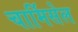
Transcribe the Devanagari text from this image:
चार्मिसेल